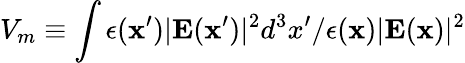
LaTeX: V_{m}\equiv\int\epsilon({\mathbf x}^{\prime})|\mathbf{E}({\mathbf x}^{\prime})|^{2}d^{3}x^{\prime}/\epsilon({\mathbf x})|\mathbf{E}({\mathbf x})|^{2}